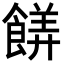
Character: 𬲙